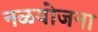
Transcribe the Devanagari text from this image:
नळयोजना